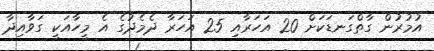
އުމުރުން ގާތްގަނޑަކަށް 20 އަހަރާއި 25 އަހަރާ ދެމެދުގެ އެ މީހާއަކީ ގަވާއިދާ